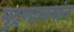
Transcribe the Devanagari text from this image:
मुद्रणालयांत